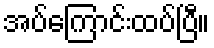
အပ်ကြောင်းထပ်ပြီ။